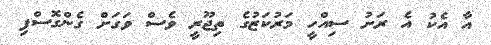
އާ އެކު އެ ރަށު ސިއްހީ މަރުކަޒުގެ ތިޖޫރީ ވެސް ވަގަށް ގެންގޮސްފި